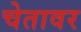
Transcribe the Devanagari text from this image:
चेतावर